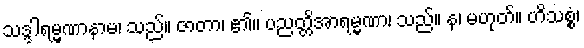
သဒ္ဒါရမ္မဏာနာမ၊ သည်။ ဇာတာ၊ ၏။ ပညတ္တိအာရမ္မဏာ၊ သည်။ န၊ မဟုတ်။ ဟိသစ္စံ၊